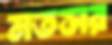
মতসর